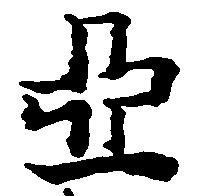
相